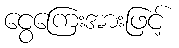
ငွေကြေးအားဖြင့်